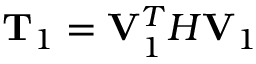
\mathbf { T } _ { 1 } = \mathbf { V } _ { 1 } ^ { T } H \mathbf { V } _ { 1 }